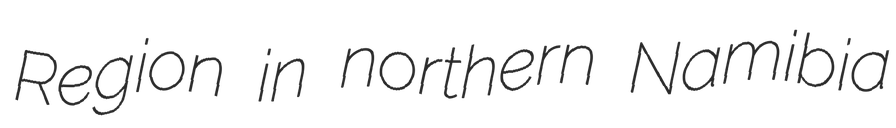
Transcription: Region in northern Namibia